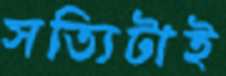
সত্যিটাই